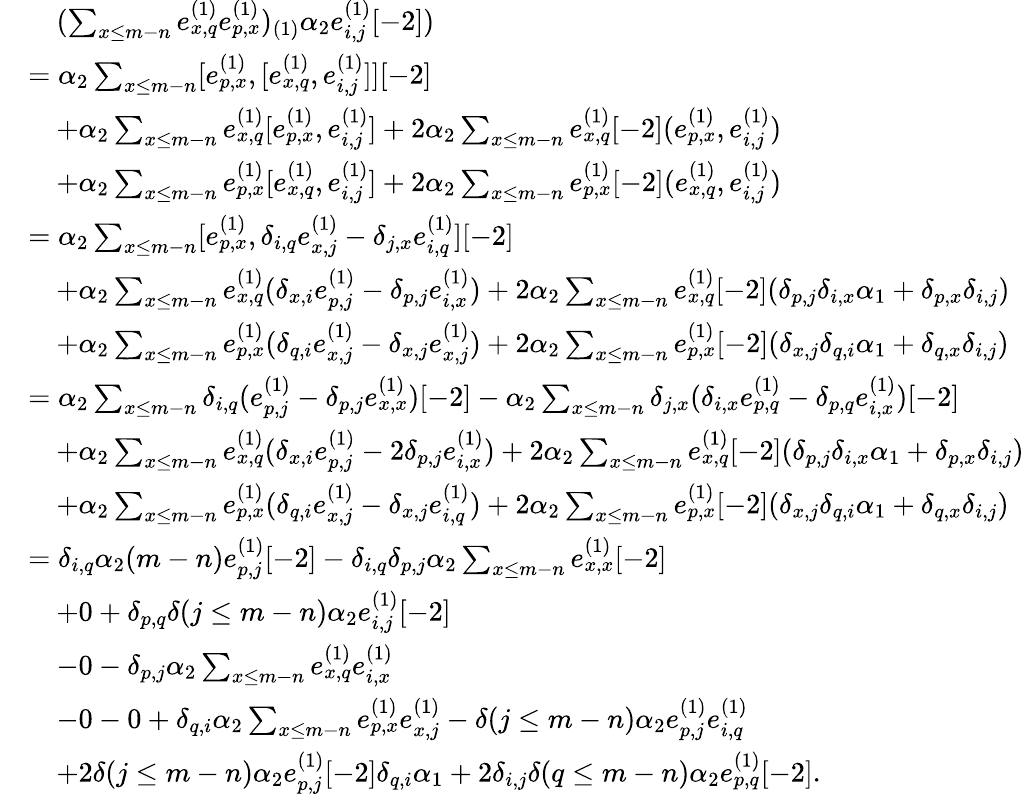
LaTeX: \begin{array}{rl}&{\quad(\sum_{x\leq m-n}e_{x,q}^{(1)}e_{p,x}^{(1)})_{(1)}\alpha_{2}e_{i,j}^{(1)}[-2])}\\ &{=\alpha_{2}\sum_{x\leq m-n}[e_{p,x}^{(1)},[e_{x,q}^{(1)},e_{i,j}^{(1)}]][-2]}\\ &{\quad+\alpha_{2}\sum_{x\leq m-n}e_{x,q}^{(1)}[e_{p,x}^{(1)},e_{i,j}^{(1)}]+2\alpha_{2}\sum_{x\leq m-n}e_{x,q}^{(1)}[-2](e_{p,x}^{(1)},e_{i,j}^{(1)})}\\ &{\quad+\alpha_{2}\sum_{x\leq m-n}e_{p,x}^{(1)}[e_{x,q}^{(1)},e_{i,j}^{(1)}]+2\alpha_{2}\sum_{x\leq m-n}e_{p,x}^{(1)}[-2](e_{x,q}^{(1)},e_{i,j}^{(1)})}\\ &{=\alpha_{2}\sum_{x\leq m-n}[e_{p,x}^{(1)},\delta_{i,q}e_{x,j}^{(1)}-\delta_{j,x}e_{i,q}^{(1)}][-2]}\\ &{\quad+\alpha_{2}\sum_{x\leq m-n}e_{x,q}^{(1)}(\delta_{x,i}e_{p,j}^{(1)}-\delta_{p,j}e_{i,x}^{(1)})+2\alpha_{2}\sum_{x\leq m-n}e_{x,q}^{(1)}[-2](\delta_{p,j}\delta_{i,x}\alpha_{1}+\delta_{p,x}\delta_{i,j})}\\ &{\quad+\alpha_{2}\sum_{x\leq m-n}e_{p,x}^{(1)}(\delta_{q,i}e_{x,j}^{(1)}-\delta_{x,j}e_{x,j}^{(1)})+2\alpha_{2}\sum_{x\leq m-n}e_{p,x}^{(1)}[-2](\delta_{x,j}\delta_{q,i}\alpha_{1}+\delta_{q,x}\delta_{i,j})}\\ &{=\alpha_{2}\sum_{x\leq m-n}\delta_{i,q}(e_{p,j}^{(1)}-\delta_{p,j}e_{x,x}^{(1)})[-2]-\alpha_{2}\sum_{x\leq m-n}\delta_{j,x}(\delta_{i,x}e_{p,q}^{(1)}-\delta_{p,q}e_{i,x}^{(1)})[-2]}\\ &{\quad+\alpha_{2}\sum_{x\leq m-n}e_{x,q}^{(1)}(\delta_{x,i}e_{p,j}^{(1)}-2\delta_{p,j}e_{i,x}^{(1)})+2\alpha_{2}\sum_{x\leq m-n}e_{x,q}^{(1)}[-2](\delta_{p,j}\delta_{i,x}\alpha_{1}+\delta_{p,x}\delta_{i,j})}\\ &{\quad+\alpha_{2}\sum_{x\leq m-n}e_{p,x}^{(1)}(\delta_{q,i}e_{x,j}^{(1)}-\delta_{x,j}e_{i,q}^{(1)})+2\alpha_{2}\sum_{x\leq m-n}e_{p,x}^{(1)}[-2](\delta_{x,j}\delta_{q,i}\alpha_{1}+\delta_{q,x}\delta_{i,j})}\\ &{=\delta_{i,q}\alpha_{2}(m-n)e_{p,j}^{(1)}[-2]-\delta_{i,q}\delta_{p,j}\alpha_{2}\sum_{x\leq m-n}e_{x,x}^{(1)}[-2]}\\ &{\quad+0+\delta_{p,q}\delta(j\leq m-n)\alpha_{2}e_{i,j}^{(1)}[-2]}\\ &{\quad-0-\delta_{p,j}\alpha_{2}\sum_{x\leq m-n}e_{x,q}^{(1)}e_{i,x}^{(1)}}\\ &{\quad-0-0+\delta_{q,i}\alpha_{2}\sum_{x\leq m-n}e_{p,x}^{(1)}e_{x,j}^{(1)}-\delta(j\leq m-n)\alpha_{2}e_{p,j}^{(1)}e_{i,q}^{(1)}}\\ &{\quad+2\delta(j\leq m-n)\alpha_{2}e_{p,j}^{(1)}[-2]\delta_{q,i}\alpha_{1}+2\delta_{i,j}\delta(q\leq m-n)\alpha_{2}e_{p,q}^{(1)}[-2].}\end{array}